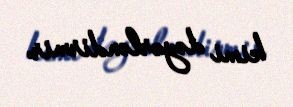
kimi dəyərləndirmir.